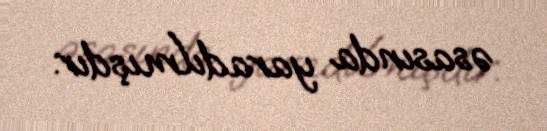
əsasında yaradılmışdır.